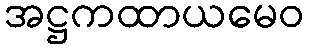
အဋ္ဌကထာယမေဝ